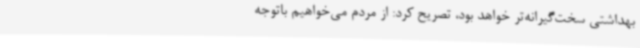
بهداشتی سخت‌گیرانه‌تر خواهد بود، تصریح کرد: از مردم می‌خواهیم باتوجه